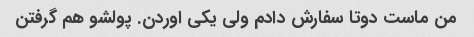
من ماست دوتا سفارش دادم ولی یکی اوردن. پولشو هم گرفتن